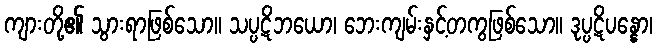
ကျားတို့၏ သွားရာဖြစ်သော။ သပ္ပဋိဘယော၊ ဘေးကျမ်းနှင့်တကွဖြစ်သော။ ဒုပ္ပဋိပန္နော၊